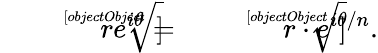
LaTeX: {\sqrt[[objectObject]]{re^{i\theta}}}={\sqrt[[objectObject]]{r}}\cdot e^{i\theta/n}.